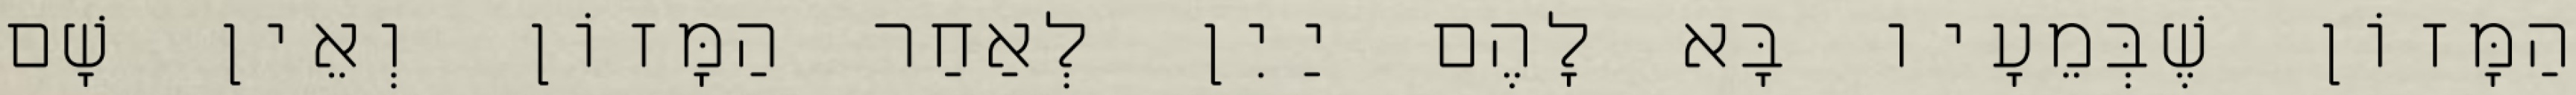
הַמָּזוֹן שֶׁבְּמֵעָיו בָּא לָהֶם יַיִן לְאַחַר הַמָּזוֹן וְאֵין שָׁם